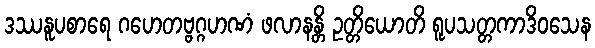
ဒဿနူပစာရေ ဂဟေတဗ္ဗဂ္ဂဟဏံ ဖလာနန္တိ ဥတ္တိယောတိ ရူပသတ္တကာဒိဝသေန